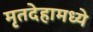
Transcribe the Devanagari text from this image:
मृतदेहामध्ये